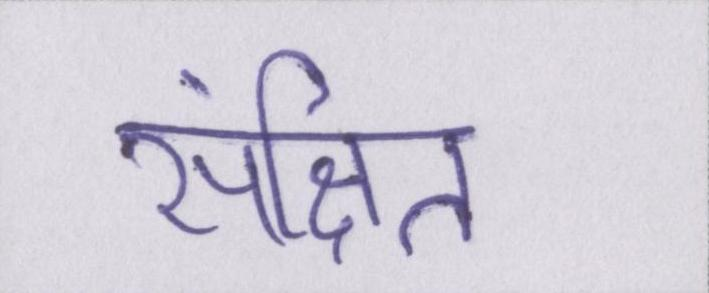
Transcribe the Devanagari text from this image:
संक्षित